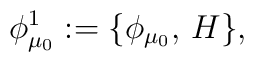
\phi^1_{\mu_0} := \{\phi_{\mu_0},\,H \},